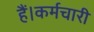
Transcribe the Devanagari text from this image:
हैं।कर्मचारी